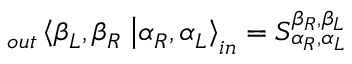
_ { o u t } \left\langle \beta _ { L } , \beta _ { R } \right. \left| \alpha _ { R } , \alpha _ { L } \right\rangle _ { i n } = S _ { \alpha _ { R } , \alpha _ { L } } ^ { \beta _ { R } , \beta _ { L } }